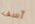
آسف